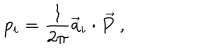
LaTeX: p _ { i } = \frac { 1 } { 2 \pi } { \vec { a } } _ { i } \cdot { \vec { P } } ~ ,